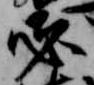
必